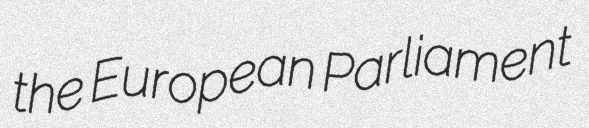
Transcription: the European Parliament